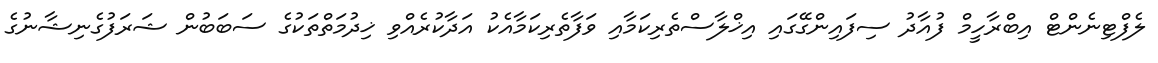
ލެފްޓިނެންޓް އިބްރާހީމް ފުއާދު ސިފައިންގޭގައި އިޚްލާސްތެރިކަމާއި ވަފާތެރިކަމާއެކު އަދާކުރެއްވި ޚިދުމަތްތަކުގެ ސަބަބުން ޝަރަފުގެނިޝާނުގެ